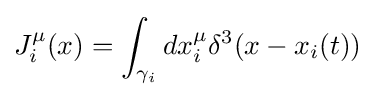
J_{i}^{\mu }(x)=\int _{\gamma _{i}}dx_{i}^{\mu }\delta ^{3}(x-x_{i}(t))